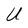
Character: U